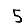
Digit: 5